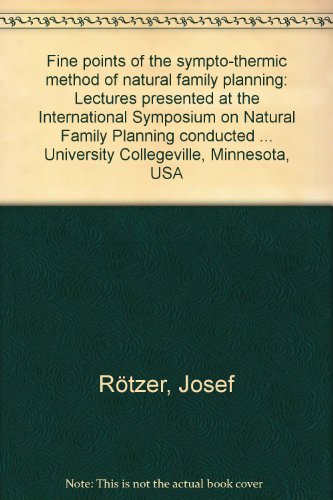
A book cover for Fine points of the sympto-thermic method of natural family planning: Lectures presented at the International Symposium on Natural Family Planning ... University Collegeville, Minnesota, USA; Josef RoÃEËEtzer; Health, Fitness & Dieting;